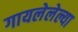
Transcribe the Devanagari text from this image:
गायलेलेल्या